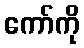
ကော်ကို